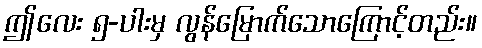
ဤလေး ၅-ပါးမှ လွန်မြောက်သောကြောင့်တည်း။